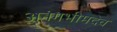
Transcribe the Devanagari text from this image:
अनंगभीमदेव